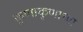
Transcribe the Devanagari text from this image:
कुणाकुणाच्या